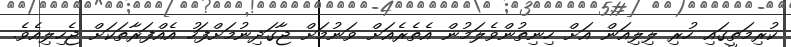
ކުރިމަތީގައި ހުރި ލިލިއަން އަށް ހިނިތުންވެލަމުން އެތެރެއަށް ވަނުމަށް ޖާގަދިނުމަށްފަހު އެއްފަރާތަކަށް ޖެހިލިއެވެ.